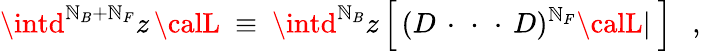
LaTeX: \intd^{\mathbb{N}_{B}+\mathbb{N}_{F}}z\, {\calL}~\equiv~\intd^{\mathbb{N}_{B}}z\, \Big[\, (D\, \cdot\, \, \cdot\, \, \cdot\, D)^{\mathbb{N}_{F}}{\calL}|~\Big]~~~,